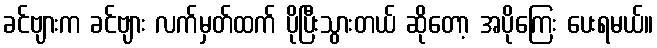
ခင်ဗျားက ခင်ဗျား လက်မှတ်ထက် ပိုပြီးသွားတယ် ဆိုတော့ အပိုကြေး ပေးရမယ်။